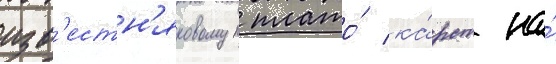
изв'естн'яковом плато́ ка́рст на́